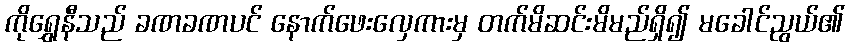
ကိုရွှေနီသည် ခဏခဏပင် နောက်ဖေးလှေကားမှ တက်မိဆင်းမိမည်ရှိ၍ မခေါင်ညွယ်၏